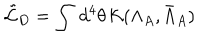
LaTeX: \tilde { \cal L } _ { D } = \int \, d ^ { 4 } \theta \, { \cal K } ( \Lambda _ { A } , \bar { \Lambda } _ { A } )